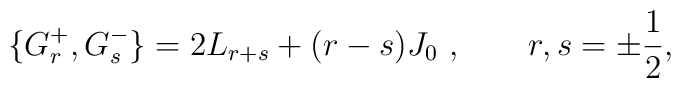
\{G^+_r,G^-_s\}  =2L_{r+s}+(r-s)J_0 ~,\qquad r,s=\pm\frac12,